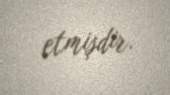
etmişdir.